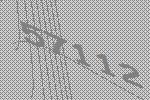
57112